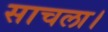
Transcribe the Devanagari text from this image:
साचला।